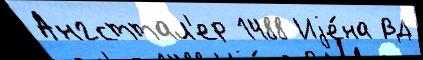
Ангсттал'ер 1488 Иjе́на ВД